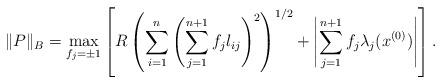
LaTeX: \begin{align*}\|P\|_B=\max\limits_{f_j=\pm 1} \left[R \left(\sum_{i=1}^n\left(\sum_{j=1}^{n+1} f_jl_{ij}\right)^2\right)^{1/2}+\left|\sum_{j=1}^{n+1}f_j\lambda_j(x^{(0)})\right|\right].\end{align*}